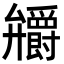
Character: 𭚞